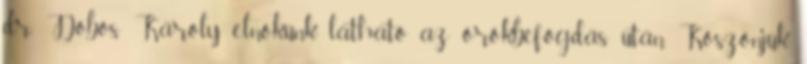
dr. Dobos Károly elnökünk látható az örökbefogdás után. Köszönjük,